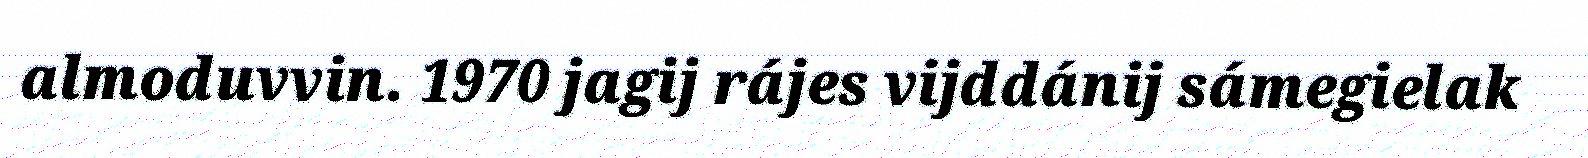
almoduvvin. 1970 jagij rájes vijddánij sámegielak